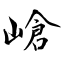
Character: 嵢